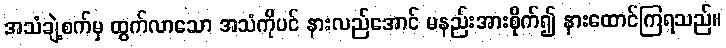
အသံချဲ့စက်မှ ထွက်လာသော အသံကိုပင် နားလည်အောင် မနည်းအားစိုက်၍ နားထောင်ကြရသည်။